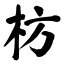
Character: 枋